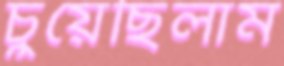
চুয়েছিলাম